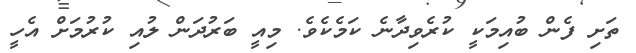
ތަށި ފެން ބުއިމަކީ ކުރެވިދާނެ ކަމެކެވެ. މިއީ ބަރުދަން ލުއި ކުރުމަށް އެހީ